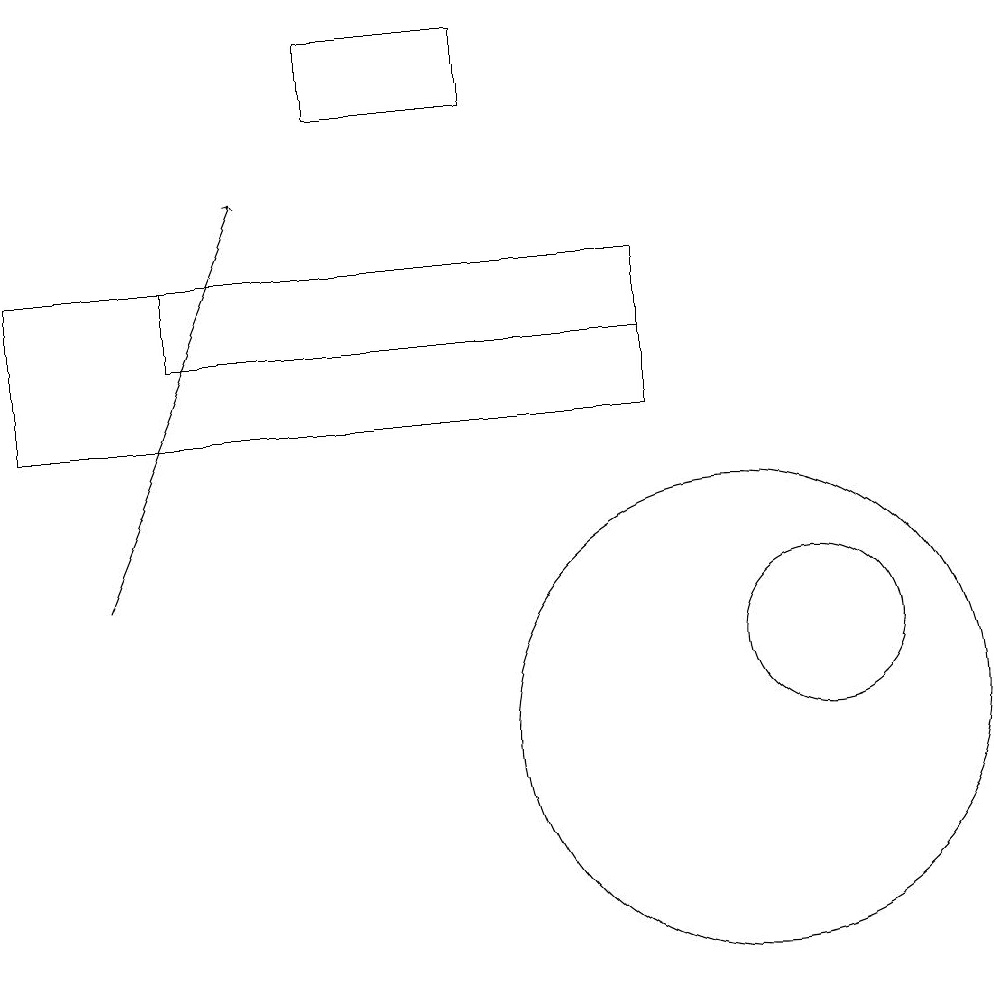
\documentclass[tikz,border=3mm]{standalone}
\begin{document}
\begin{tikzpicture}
\draw (10,10) circle (3);
\draw (9,14) rectangle (1,16);
\draw[->] (2,12) -- (4,17);
\draw (9,15) rectangle (3,16);
\draw (5,19) rectangle (7,18);
\draw (11,11) circle (1);
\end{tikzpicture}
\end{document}